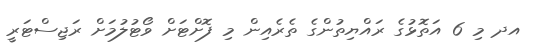
އދ މި 6 އަތޮޅުގެ ރައްޔިތުންގެ ތެރެއިން މި ފޮށްޓަށް ވޯޓުލުމަށް ރަޖިސްޓަރީ